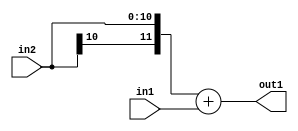
`timescale 1ps / 1ps
/*****************************************************************************
    Verilog RTL Description
    
    
    Created by: Stratus DpOpt 2019.1.01 
*******************************************************************************/

module SobelFilter_Add_11Sx11U_12S_1 (
	in2,
	in1,
	out1
	); /* architecture "behavioural" */ 
input [10:0] in2,
	in1;
output [11:0] out1;
wire [11:0] asc001;

assign asc001 = 
	+({in2[10], in2})
	+(in1);

assign out1 = asc001;
endmodule

/* CADENCE  ubHySAk= : u9/ySgnWtBlWxVPRXgAZ4Og= ** DO NOT EDIT THIS LINE ******/